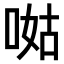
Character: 𠵎